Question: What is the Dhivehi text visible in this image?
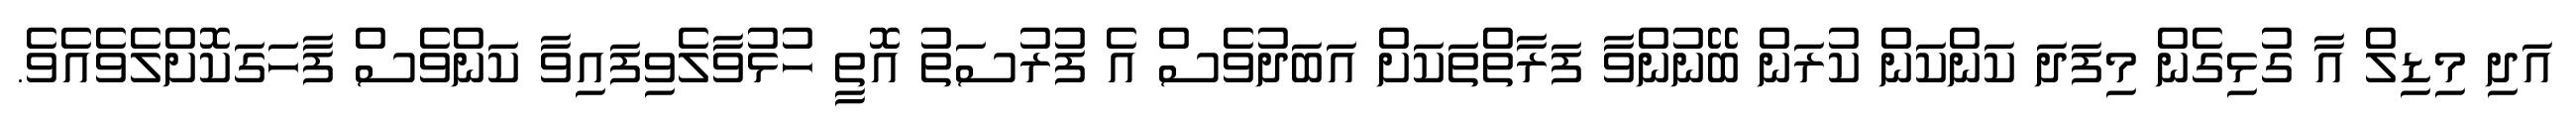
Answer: އަދި މިޑިލް އާ ގުޅިގެން މިފަދަ ކަންކަން ކުރަން ބޭނުންވާ ފަރާތްތަކަށް އަބަދުވެސް އެ ފުރުސަތު އޮތީ ހުޅުވާލެވިފައިވާ ކަންވެސް ފާހަގަކޮށްލެވެއެވެ.